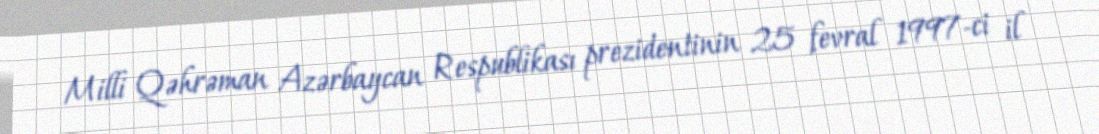
Milli Qəhrəman Azərbaycan Respublikası prezidentinin 25 fevral 1997-ci il